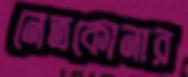
নেত্রকোনার